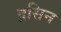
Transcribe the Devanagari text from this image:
द्रसिन